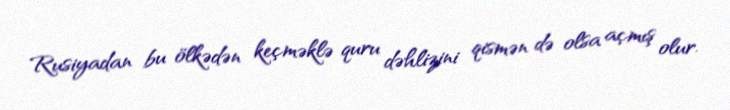
Rusiyadan bu ölkədən keçməklə quru dəhlizini qismən də olsa açmış olur.